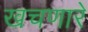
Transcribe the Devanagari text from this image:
खचणारे